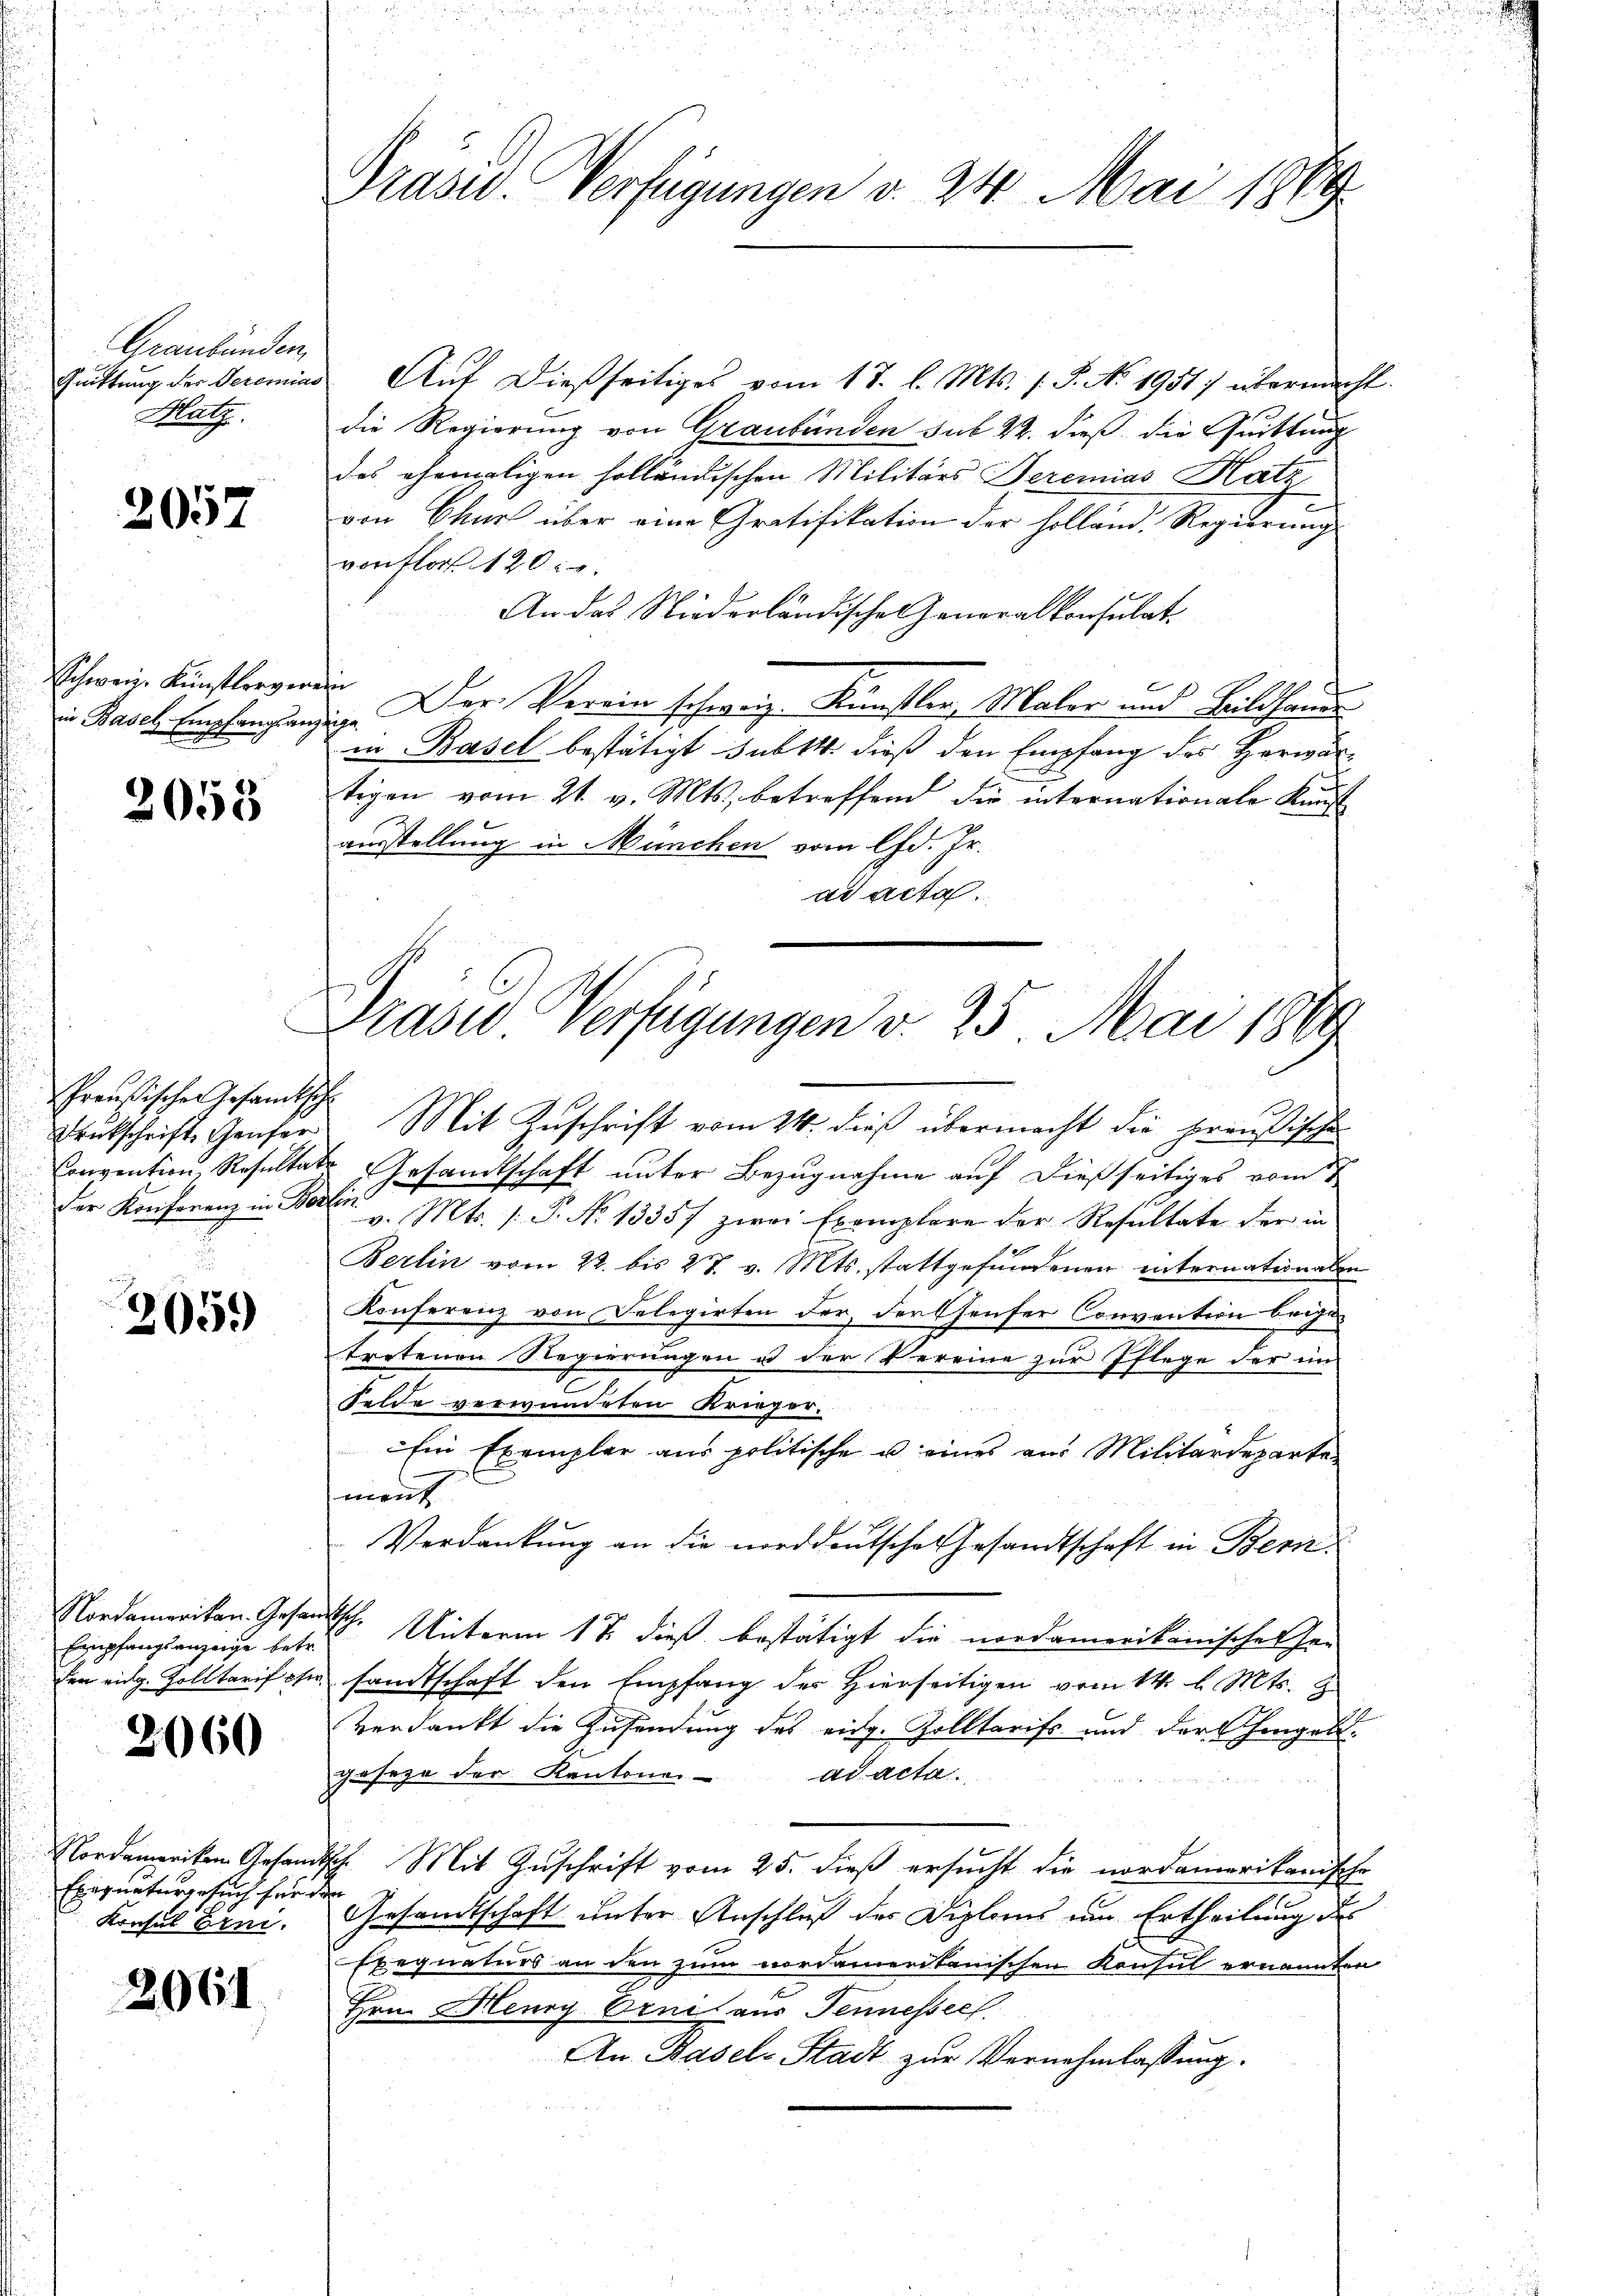
Graubünden,
Quittung des Seremia
Hlatz.

2057

Schweiz. Künstlergere
in Basel Empfangsanz

2053

Preußischen Gesamtsche
Drückschrift Genfer
Convention, Resultat
der Konferenz in Ber

2059

Nordanweiten. Gesan
Empfangsanzeige betr.
den eidg. Zolltarif ohn

2060

Nordameriken Gesand
Ebignaturgesuch herr
Konsul Erni.

2061

Präsid. Verfügungen v. 24. Mai 1889

Präses Verfügungen v. 25. Mai 1861

Auf dießseitiges vom 18. l. Mts. (T. No. 1951 übermacht.
die Regierung von Graubünden sub 22. dieß, die Quittung
des ehemaligen solländischen Militärs Seremias Hatz,
von Chur über eine Gratifikation der Holland. Regierung
von flor 120.
An das Niederländische Generalkonsulat.
e
dig. Der Verein schweiz. Künstler, Maler und Bildhause
in Basel bestätigt sub 14. dieß den Empfang des Herwär-
tigen vom 21. v. Mts., betreffend die internationale Kunst
ausstellung in München vom lfd. Hr.
ad acta.
Mit Zuschrift vom 24. dieß übermacht die preußischen
Gesandtschaft unter Bezugnahme auf dießseitiges vom 17.
 v. Mts. f. P. No 1335f zwei Exemplare der Resultate der in
Berlin vom 22. bis 27. v. Mts. stattgefundenen internationalen
Konferenz von Delegirten der, der Genfer Convention beigen
tretenen Regierungen u der Vereine zur Pflege der in
Felde verwandeten Krieger.
Ein Exemplar aus politische u eines aus Militärdeparte
ment
Verdankung an die norddeutsche Gesandtschaft in Bern
disch. Unterm 17. dieß bestätigt die nordamerikanischen Er-
sandtschaft den Empfang des Hierseitigen vom 14. d. Mts. Z
Verdankt die Zusendung des eidg. Zolltarifs und der hingel-
geseze der Kantone ad acta.
Ich. Mit Zuschrift vom 25. dieß ersucht die nordamerikanische
n
Gesandtschaft unter Anschluß der Diploms um Ertheilung des
Exequaturs an den zum nordamentanischen Konsul ernannten
Hrn. Henry Erne aus Tennesser
An Basel-Stadt zur Vernehmlassung.